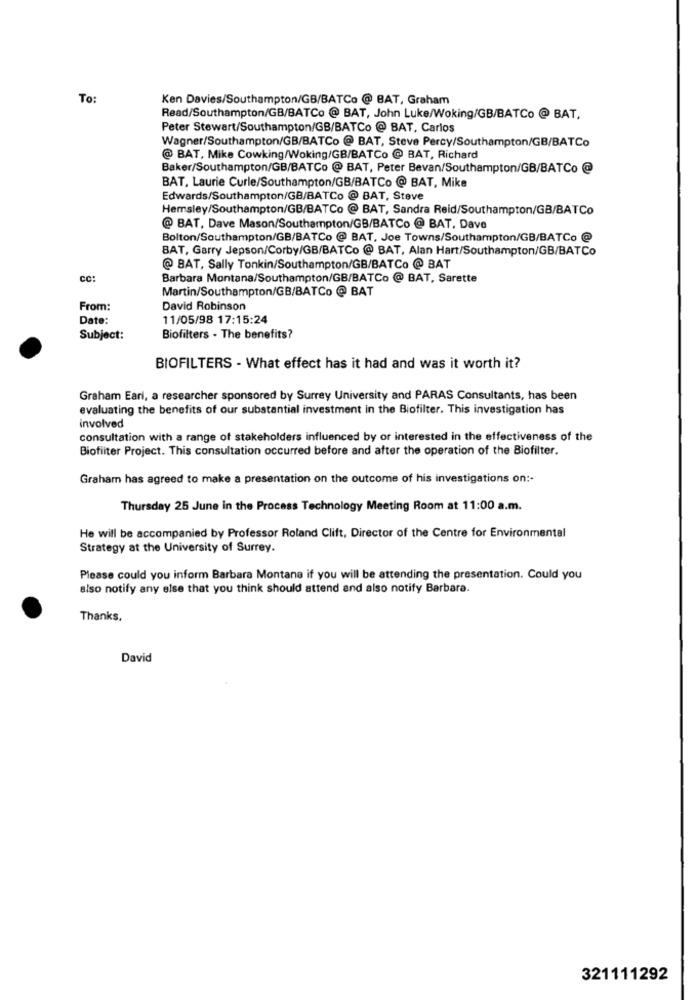
To
Ken Davies/Southampton/GB/BATCo @ BAT, Graham
Read/Southampton/GB/BATCo @ BAT, John Luke/Woking/GB/BATCo @ BAT,
Peter Stewart/Southampton/GB/BATCo @ BAT, Carlos
Wagner/Southampton/GB/BATCo @ BAT, Steve Percy/Southampton/GB/BATCo
@ BAT, Mike Cowking/Woking/GB/BATCo @ BAT, Richard
Baker/Southampton/GB/BATCo @ BAT, Peter Bevan/Southampton/GB/BATCo @
BAT, Laurie Curle/Southampton/GB/BATCo @ BAT, Mike
Edwards/Southampton/GB/BATCo @ BAT, Steve
Hemsley/Southampton/GB/BATCo @ BAT, Sandra Reid/Southampton/GB/BATCo
@ BAT, Dave Mason/Southampton/GB/BATCo @ BAT, Dave
Bolton/Southampton/GB/BATCo @ BAT, Joe Towns/Southampton/GB/BATCo @
BAT, Garry Jepson/Corby/GB/BATCo @ BAT, Alan Hart/Southampton/GB/BATCo
@ BAT, Sally Tonkin/Southampton/GB/BATCo @ BAT
CC:
Barbara Montana/Southampton/GB/BATCo @ BAT, Sarette
Martin/Southampton/GB/BATCo @ BAT
From:
David Robinson
Date:
11/05/98 17:15:24
Subject:
Biofilters - The benefits?
BIOFILTERS - What effect has it had and was it worth it?
Graham Eari, a researcher sponsored by Surrey University and PARAS Consultants, has been
evaluating the benefits of our substantial investment in the Biofilter. This investigation has
involved
consultation with a range of stakeholders influenced by or interested in the effectiveness of the
Biofilter Project. This consultation occurred before and after the operation of the Biofilter.
Graham has agreed to make a presentation on the outcome of his investigations on :-
Thursday 25 June in the Process Technology Meeting Room at 11:00 a.m.
He will be accompanied by Professor Roland Clift, Director of the Centre for Environmental
Strategy at the University of Surrey.
Please could you inform Barbara Montana if you will be attending the presentation. Could you
also notify any else that you think should attend and also notify Barbara.
Thanks,
David
321111292